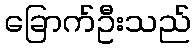
ခြောက်ဦးသည်